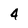
Character: 4